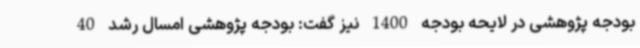
بودجه پژوهشی در لایحه بودجه 1400 نیز گفت: بودجه پژوهشی امسال رشد 40